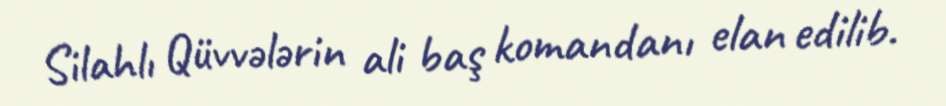
Silahlı Qüvvələrin ali baş komandanı elan edilib.